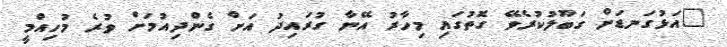
"އަޅުގަނޑަށް ގަބޫލުކުރެވޭ ގޮތުގައި މިހާރު އޭނާ ގުރައިދު އަށް ގެންދިއުމަށް ވުރެ މުހިއްމީ